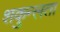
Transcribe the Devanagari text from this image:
शकुन्‍लता